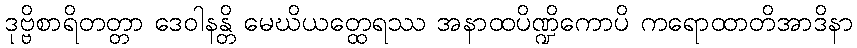
ဒုဗ္ဗိစာရိတတ္တာ ဒေဝါနန္တိ မေဃိယတ္ထေရဿ အနာထပိဏ္ဍိကောပိ ကရောထာတိအာဒိနာ